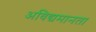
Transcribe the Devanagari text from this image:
अविद्यमानता